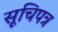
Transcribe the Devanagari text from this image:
सूचिपत्र